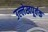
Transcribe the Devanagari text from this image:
उल्लेखपूर्वक